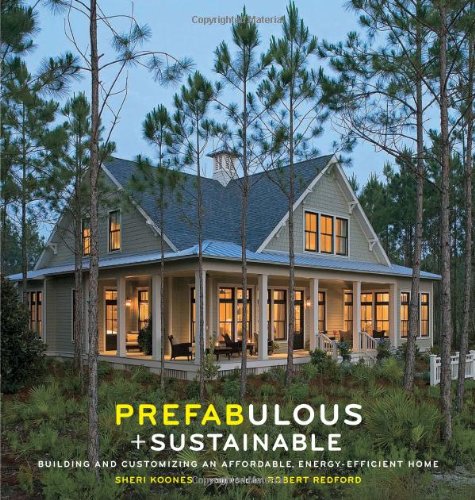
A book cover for Prefabulous and Sustainable: Building and Customizing an Affordable, Energy-Efficient Home; Sheri Koones; Arts & Photography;